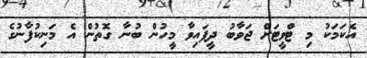
އެކަމަކު މި ޓްވީޓަށް ޖަވާބު ދީފައިވާ މީހުން ބުނާ ގޮތުން އެ މަނިކުފާނުގެ